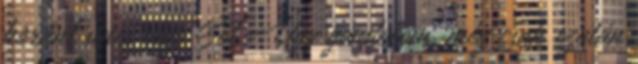
koránt sincs vége Sőt Úgy gondolom, még csak ezután